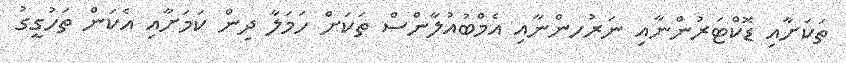
ތަކަށާއި ޑޮކްޓަރުންނާއި ނަރުހންނާއި އެމްބުއުލާންސް ތަކަށް ހަމަލާ ދިން ކަމަށާއި އެކަން ތަހުގީގު